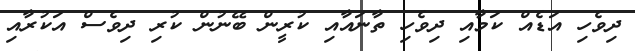
ދިވެހި އަޑެއް ކަމާއި ދިވެހި ތާނައާއި ކުރީން ބޭނުން ކުރި ދިވެސް އަކުރާއި